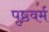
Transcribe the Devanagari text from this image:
पृष्ठवर्म